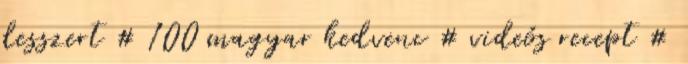
desszert # 100 magyar kedvenc # videós recept #